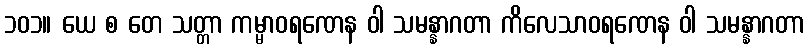
၁၀၁။ ယေ စ တေ သတ္တာ ကမ္မာဝရဏေန ဝါ သမန္နာဂတာ ကိလေသာဝရဏေန ဝါ သမန္နာဂတာ